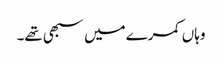
وہاں کمرے میں سبھی تھے۔